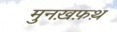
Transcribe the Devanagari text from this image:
मुनख़फ़थ़